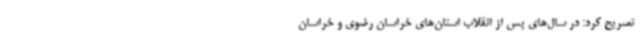
تصریح کرد: در سال‌های پس از انقلاب استان‌های خراسان رضوی و خراسان